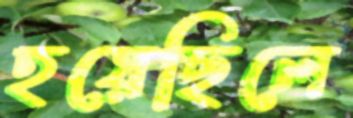
হয়েছিলে